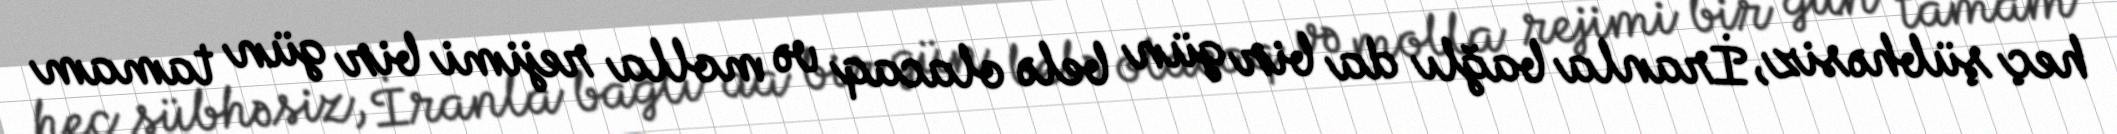
heç şübhəsiz, İranla bağlı da bir gün belə olacaq və molla rejimi bir gün tamam